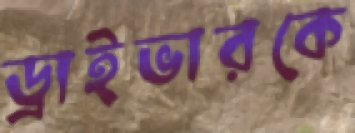
ড্রাইভারকে